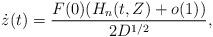
LaTeX: \begin{align*} \dot z(t) = \dfrac{F(0)(H_n(t,Z)+o(1))}{2D^{1/2}},\end{align*}